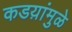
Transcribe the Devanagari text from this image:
कडय़ांमुळे